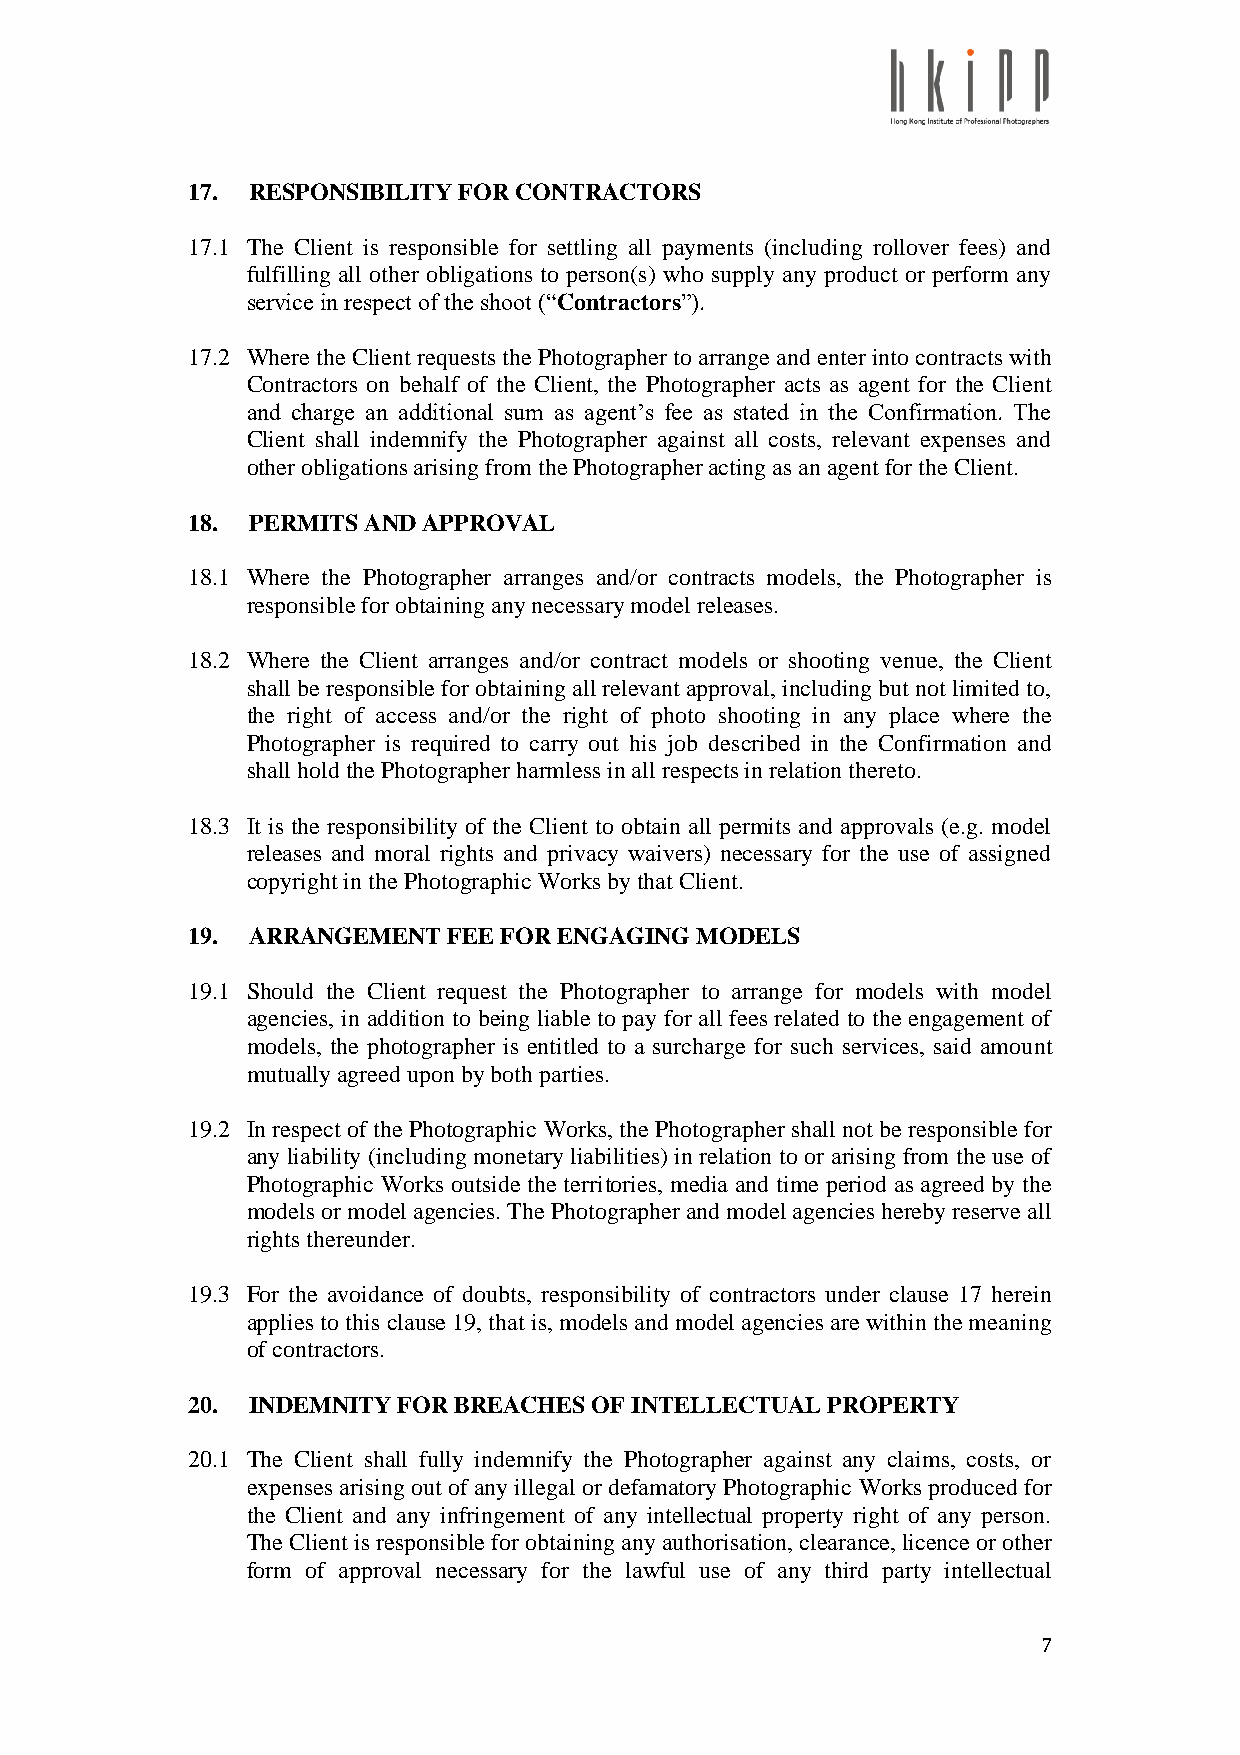
17. RESPONSIBILITY FOR CONTRACTORS
 17.1 The Client is responsible for settling all payments (including rollover fees) and
 fulfilling all other obligations to person(s) who supply any product or perform any
 service in respect of the shoot (“Contractors”).
 17.2 Where the Client requests the Photographer to arrange and enter into contracts with
 Contractors on behalf of the Client, the Photographer acts as agent for the Client
 and charge an additional sum as agent’s fee as stated in the Confirmation. The
 Client shall indemnify the Photographer against all costs, relevant expenses and
 other obligations arising from the Photographer acting as an agent for the Client.
 18. PERMITS AND APPROVAL
 18.1 Where the Photographer arranges and/or contracts models, the Photographer is
 responsible for obtaining any necessary model releases.
 18.2 Where the Client arranges and/or contract models or shooting venue, the Client
 shall be responsible for obtaining all relevant approval, including but not limited to,
 the right of access and/or the right of photo shooting in any place where the
 Photographer is required to carry out his job described in the Confirmation and
 shall hold the Photographer harmless in all respects in relation thereto.
 18.3 It is the responsibility of the Client to obtain all permits and approvals (e.g. model
 releases and moral rights and privacy waivers) necessary for the use of assigned
 copyright in the Photographic Works by that Client.
 19. ARRANGEMENT   FEE FOR ENGAGING MODELS
 19.1 Should the Client request the Photographer to arrange for models with model
 agencies, in addition to being liable to pay for all fees related to the engagement of
 models, the photographer is entitled to a surcharge for such services, said amount
 mutually agreed upon by both parties.
 19.2 In respect of the Photographic Works, the Photographer shall not be responsible for
 any liability (including monetary liabilities) in relation to or arising from the use of
 Photographic Works outside the territories, media and time period as agreed by the
 models or model agencies. The Photographer and model agencies hereby reserve all
 rights thereunder.
 19.3 For the avoidance of doubts, responsibility of contractors under clause 17 herein
 applies to this clause 19, that is, models and model agencies are within the meaning
 of contractors.
 20. INDEMNITY FOR BREACHES OF INTELLECTUAL PROPERTY
 20.1 The Client shall fully indemnify the Photographer against any claims, costs, or
 expenses arising out of any illegal or defamatory Photographic Works produced for
 the Client and any infringement of any intellectual property right of any person.
 The Client is responsible for obtaining any authorisation, clearance, licence or other
 form of approval necessary for the lawful use of any third party intellectual
 7